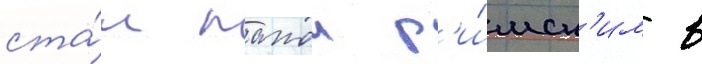
ста́л папои р'и́мск'им в